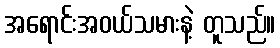
အရောင်းအဝယ်သမားနဲ့ တူသည်။